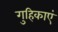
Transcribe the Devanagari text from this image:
गुहिकाएं